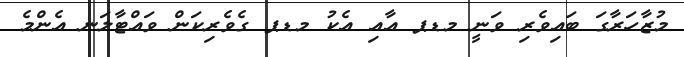
މުޒާހަރާގަ ބައިވެރި ވަނީ މޑޕ އާއި އެކު މޑޕ ގެވެރިކަން ވައްޓާލަނ އެންމެ